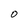
Character: O